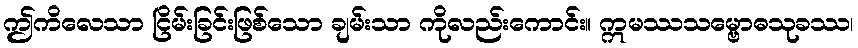
ဤကိလေသာ ငြိမ်းခြင်းဖြစ်သော ချမ်းသာ ကိုလည်းကောင်း။ ဣမဿသမ္ဗောဓသုခဿ၊